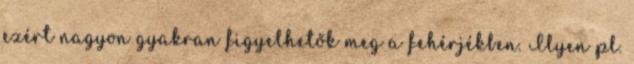
ezért nagyon gyakran figyelhetők meg a fehérjékben. Ilyen pl.